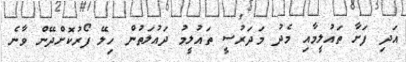
އަދި ފަށާ ތައުލީމާއި މެދު މަދަރުސީ ތައުލީމު ދައުލަތުން ހިލޭ ފޯރުކޮށްދޭން ވާނެ